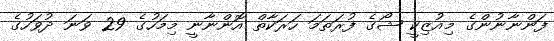
ފަންނާނުންގެ މިއުޒިކީ ޝޯގެ ފުރަތަމަ ހަރަކާތް އޮންނާނީ މިމަހުގެ 29 ވަނަ ދުވަހުގެ